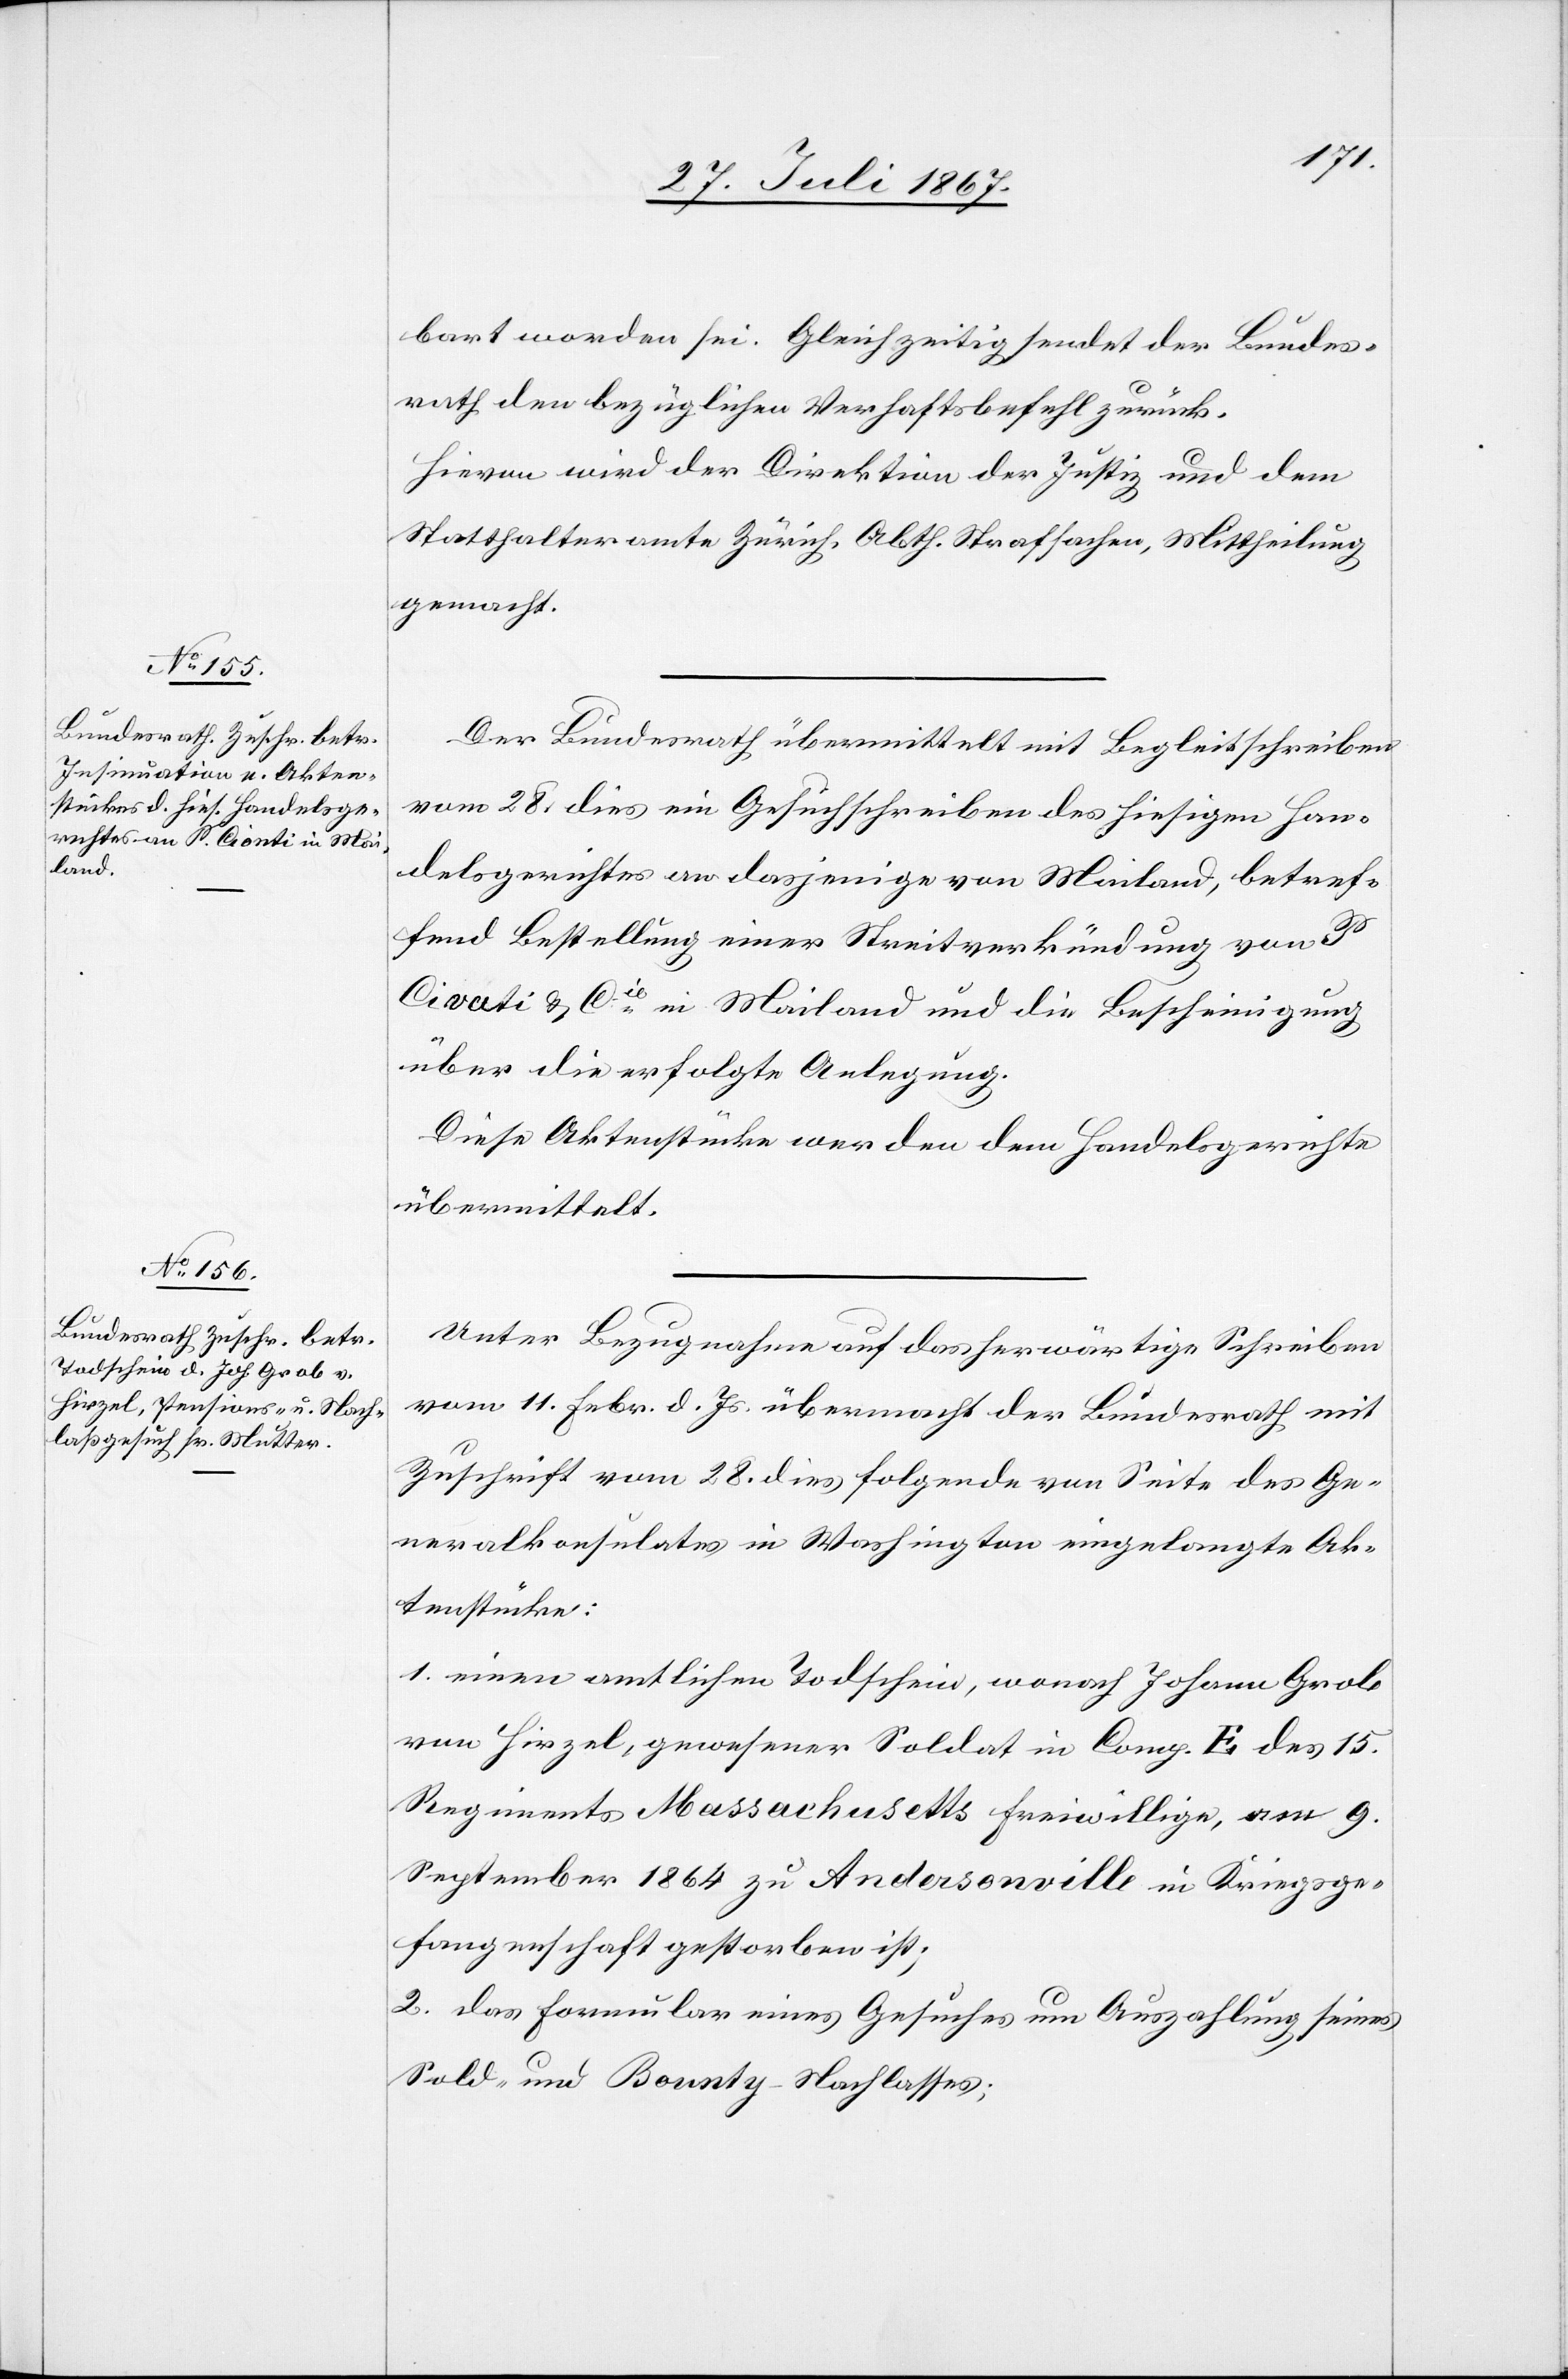
31. Juli 1867.]
bart worden sei. Gleichzeitig sendet der Bundes¬
rath den bezüglichen Verhaftsbefehl zurück.
Hievon wird der Direktion der Justiz und dem
Statthalteramte Zürich, Abth. Strafsachen, Mittheilung
gemacht.
Der Bundesrath übermittelt mit Begleitschreiben
vom 28. dies ein Gesuchschreiben des hiesigen Han¬
delsgerichtes an dasjenige von Mailand, betref¬
fend Bestellung einer Streitverkündigung von P.
Civati & Cie. [sic!] in Mailand und die Bescheinigung
über die erfolgte Anlegung.
Diese Aktenstücke werden dem Handelsgerichte
übermittelt.
Unter Bezugnahme auf das herwärtige Schreiben
vom 11. Febr. d. Js. übermacht der Bundesrath mit
Zuschrift vom 28. dies folgende von Seite des Ge¬
neralkonsulates in Washington eingelangte Ak¬
tenstücke:
1. einen amtlichen Todschein, wonach Johann Grob
von Hirzel, gewesener Soldat in Comp. E des 15.
Regiments Massachusetts Freiwillige, am 9.
September 1864 zu Andersonville in Kriegsge¬
fangenschaft gestorben ist;
2. das Formular eines Gesuches um Auszahlung seines
Sold- und Bounty-Nachlasses;